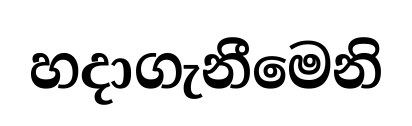
හදාගැනීමෙනි